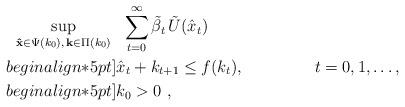
LaTeX: \begin{align*}\sup_{\mathbf{\hat{x}} \in \Psi(k_0),\,\mathbf{k} \in \Pi(k_0)}\ &\ \sum_{t=0}^\infty \tilde{\beta}_t\,\tilde{U}(\hat{x}_t)\\begin{align*}5pt] &\hat{x}_t + k_{t+1} \leq f(k_t),& & t=0,1,\ldots,\\begin{align*}5pt]&k_0 > 0\ ,\end{align*}